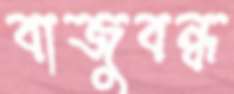
বাজুবন্ধ